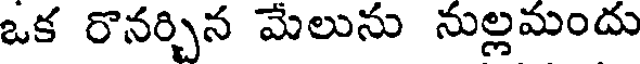
ఒక రొనర్చిన మేలును నుల్లమందు